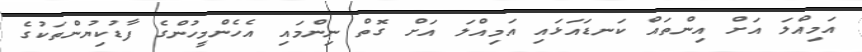
އަމިއްލަ އަށް އިންތައް ކަނޑައަޅައި އަމިއްލަ އަށް ގޮތް ނިންމައި އެހެންމީހުންގެ ފާޑުކިޔުންތަކުގެ